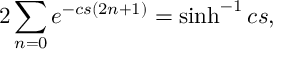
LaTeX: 2 \sum _ { n = 0 } e ^ { - c s ( 2 n + 1 ) } = \sinh ^ { - 1 } c s ,